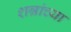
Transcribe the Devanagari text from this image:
शन्नांच्या